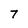
Character: 7